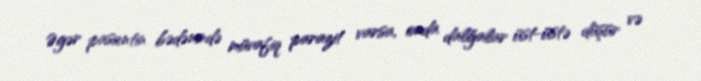
Əgər pasientin bədənində müvafiq parazit varsa, onda dalğalar üst-üstə düşür və